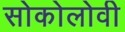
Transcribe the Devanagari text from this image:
सोकोलोवी